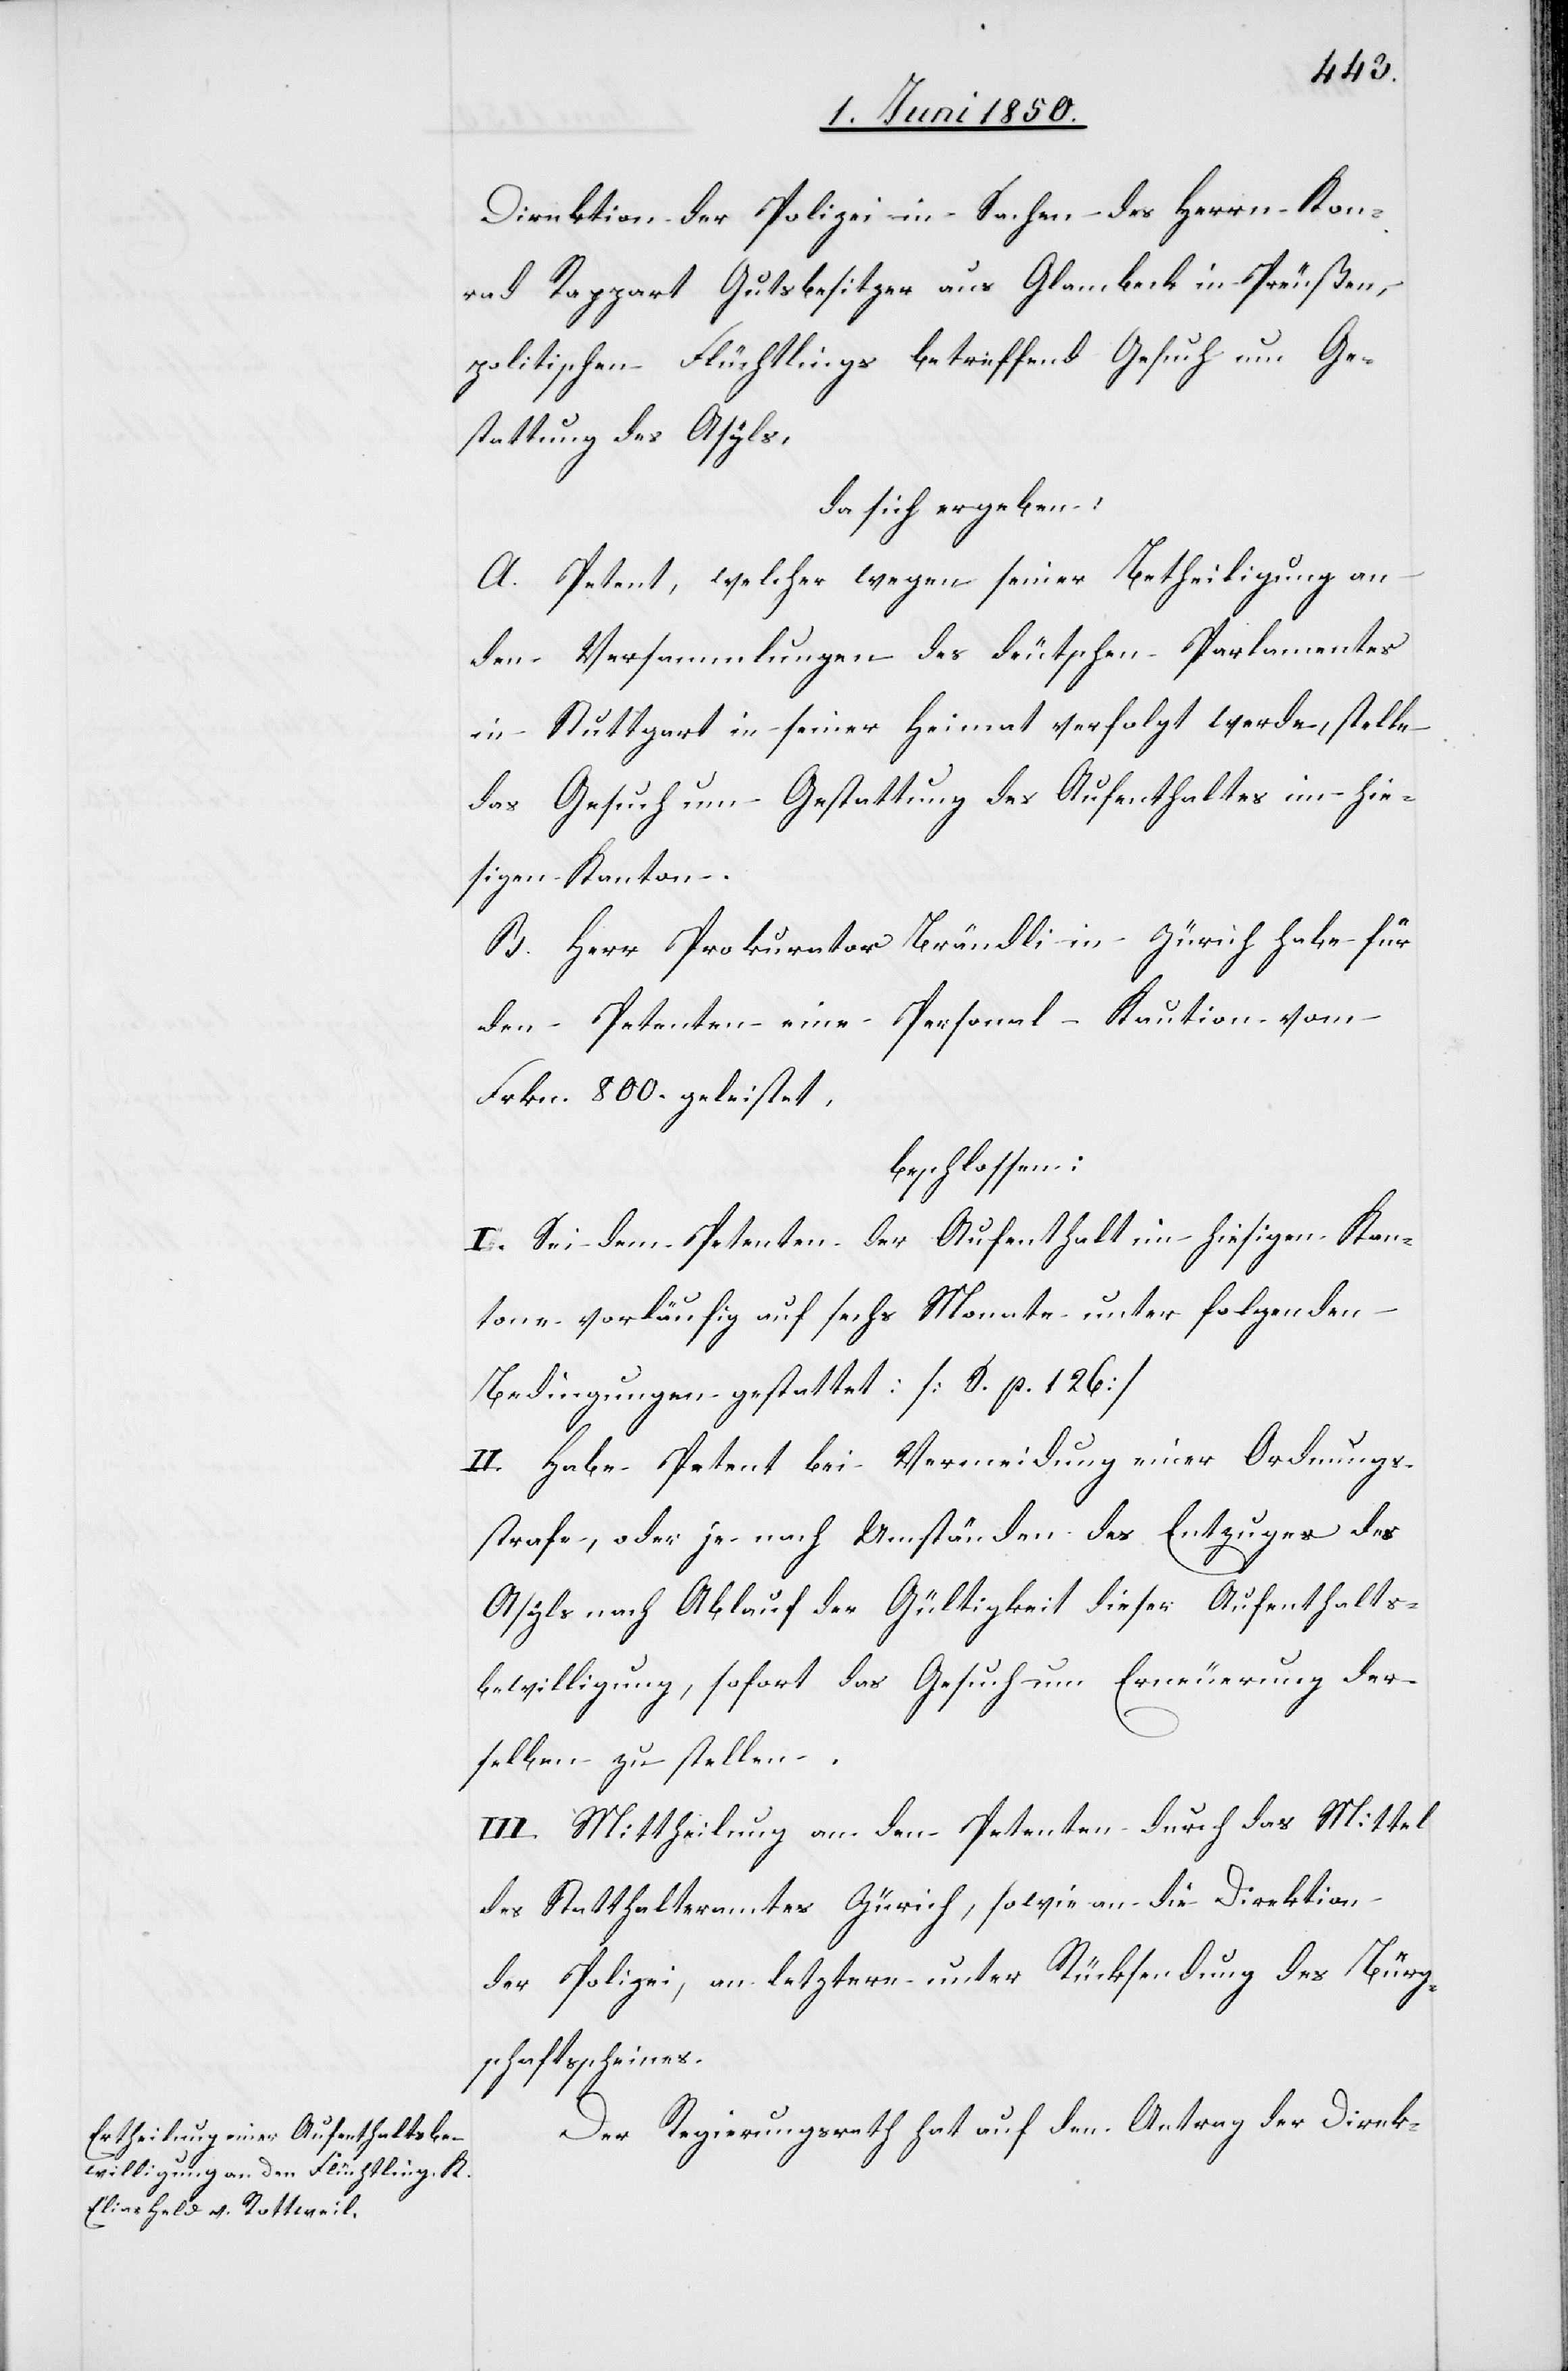
Direktion der Polizei in Sachen des Herrn Kon¬
rad Rappart Gutsbesitzer aus Glambeck in Preußen,
politischen Flüchtlings betreffend Gesuch um Ge¬
stattung des Asyls,
da sich ergeben:
A. Petent, welcher wegen seiner Betheiligung an
den Versammlungen des deutschen Parlamentes
in Stuttgart in seiner Heimat verfolgt werde, stelle
das Gesuch um Gestattung des Aufenthaltes im hie¬
sigen Kanton.
B. Herr Prokurator Brändli in Zürich habe für
den Petenten eine Personal-Kaution vom
Frkn. 800. geleistet,
beschlossen:
I. Sei dem Petenten der Aufenthalt im hiesigen Kan¬
tone vorläufig auf sechs Monate unter folgenden
Bedingungen gestattet: [S. p. 126]
II. Habe Petent bei Vermeidung einer Ordnungs¬
strafe, oder je nach Umständen des Entzuges des
Asyls nach Ablauf der Gültigkeit dieser Aufenthalts¬
bewilligung, sofort das Gesuch um Erneuerung der¬
selben zu stellen.
III. Mittheilung an den Petenten durch das Mittel
des Statthalteramtes Zürich, sowie an die Direktion
der Polizei, an letztere unter Rücksendung des Bürg¬
schaftsscheines.
Der Regierungsrath hat auf den Antrag der Direk-